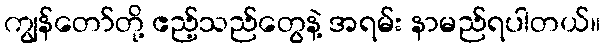
ကျွန်တော်တို့ ဧည့်သည်တွေနဲ့ အရမ်း နာမည်ရပါတယ်။